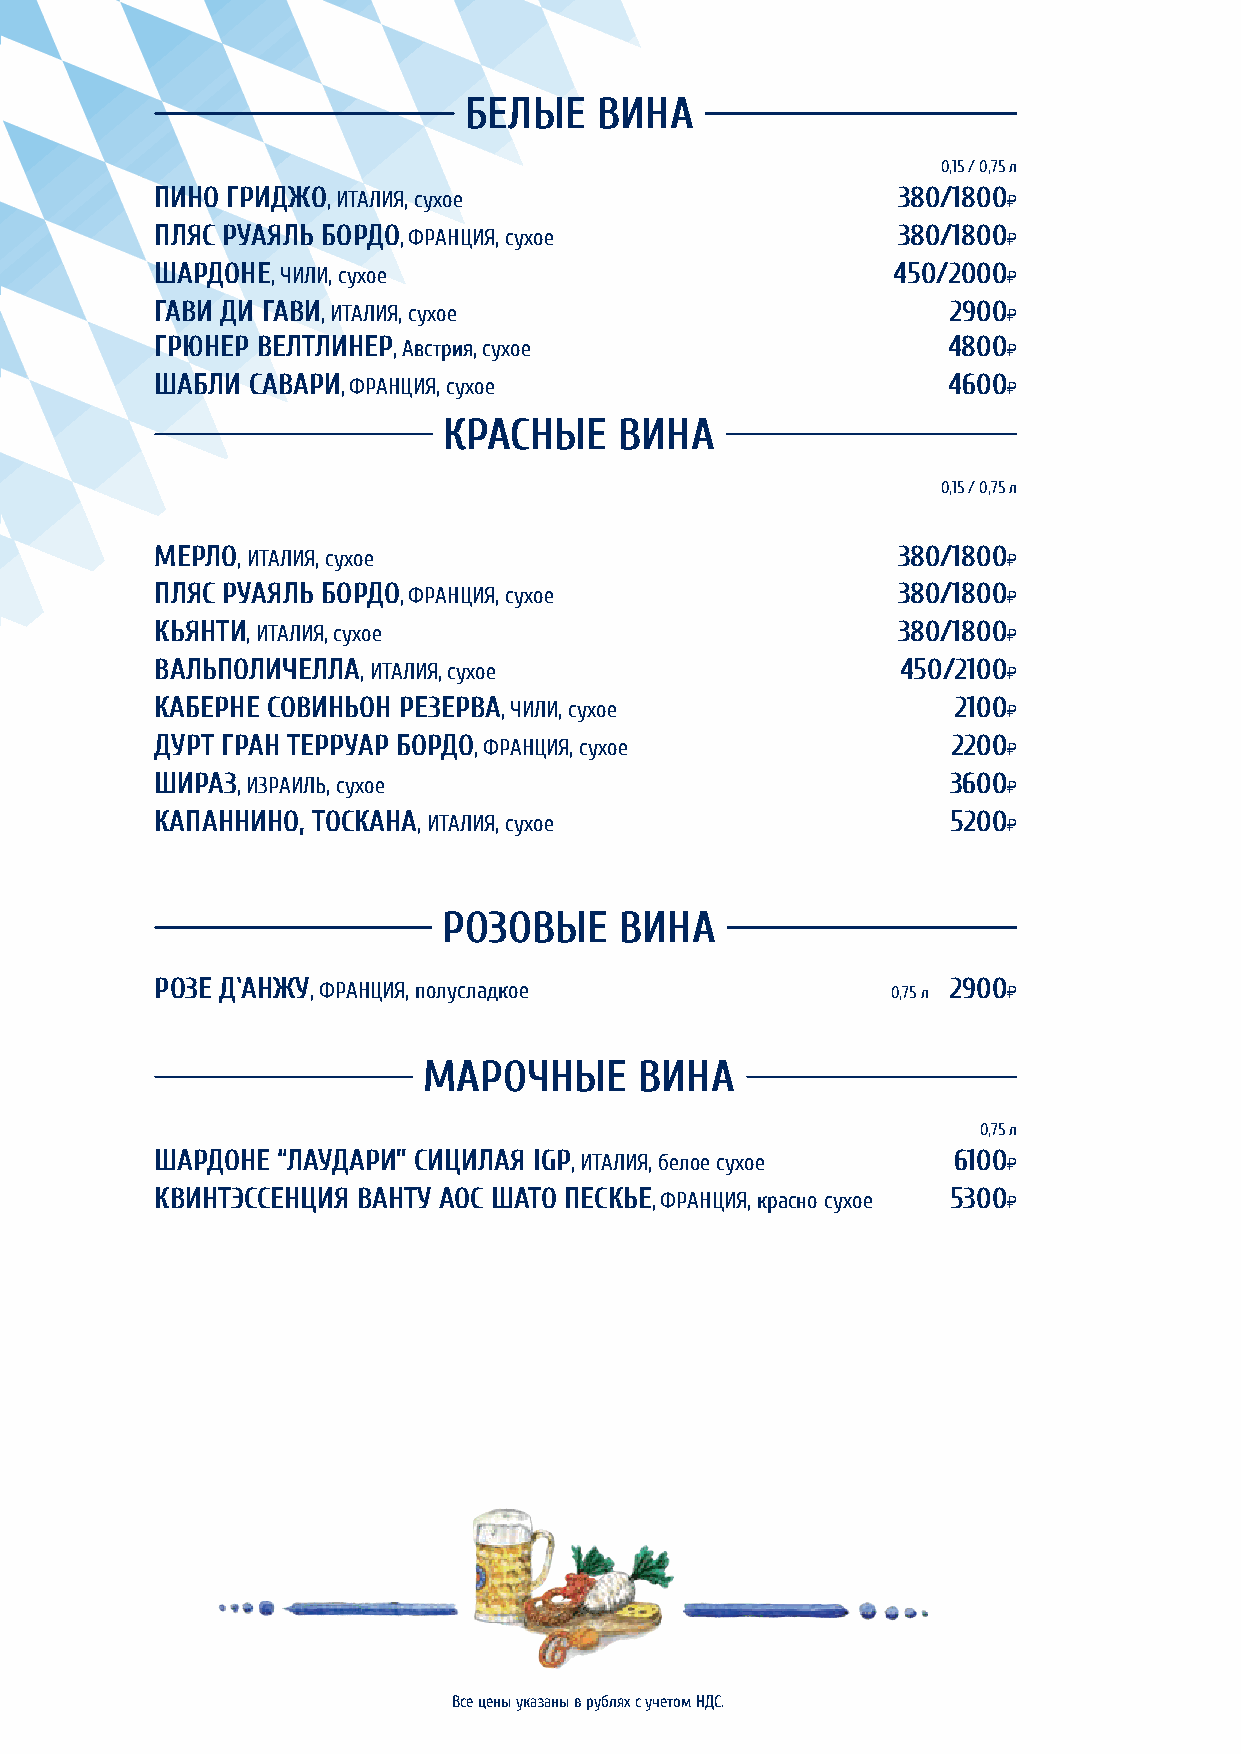
БЕЛЫЕ    ВИНА
 0,15 / 0,75 л
 ПИНО ГРИДЖО, ИТАЛИЯ, сухое                       380/1800И
 ПЛЯС РУАЯЛЬ БОРДО, ФРАНЦИЯ, сухое                380/1800И
 ШАРДОНЕ, ЧИЛИ, сухое                             450/2000И
 ГАВИ ДИ ГАВИ, ИТАЛИЯ, сухое                          2900И
 ГРЮНЕР ВЕЛТЛИНЕР, Австрия, сухое                     4800И
 ШАБЛИ САВАРИ, ФРАНЦИЯ, сухое                         4600И
 КРАСНЫЕ     ВИНА
 0,15 / 0,75 л
 МЕРЛО, ИТАЛИЯ, сухое                             380/1800И
 ПЛЯС РУАЯЛЬ БОРДО, ФРАНЦИЯ, сухое                380/1800И
 КЬЯНТИ, ИТАЛИЯ, сухое                            380/1800И
 ВАЛЬПОЛИЧЕЛЛА, ИТАЛИЯ, сухое                      450/2100И
 КАБЕРНЕ СОВИНЬОН РЕЗЕРВА, ЧИЛИ, сухое                2100И
 ДУРТ ГРАН ТЕРРУАР БОРДО, ФРАНЦИЯ, сухое              2200И
 ШИРАЗ, ИЗРАИЛЬ, сухое                                3600И
 КАПАННИНО, ТОСКАНА, ИТАЛИЯ, сухое                    5200И
 РОЗОВЫЕ     ВИНА
 РОЗЕ Д`АНЖУ, ФРАНЦИЯ, полусладкое                0,75 л 2900И
 МАРОЧНЫЕ      ВИНА
 0,75 л
 ШАРДОНЕ “ЛАУДАРИ” СИЦИЛАЯ IGP, ИТАЛИЯ, белое сухое   6100И
 КВИНТЭССЕНЦИЯ ВАНТУ АОС ШАТО ПЕСКЬЕ, ФРАНЦИЯ, красно сухое 5300И
 Все цены указаны в рублях с учетом НДС.